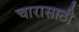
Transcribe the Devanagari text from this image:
चारासाठी